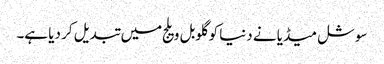
سوشل میڈیا نے دنیا کو گلوبل ویلج میں تبدیل کر دیا ہے۔